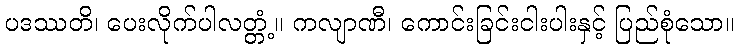
ပဒဿတိ၊ ပေးလိုက်ပါလတ္တံ့။ ကလျာဏီ၊ ကောင်းခြင်းငါးပါးနှင့် ပြည်စုံသော။